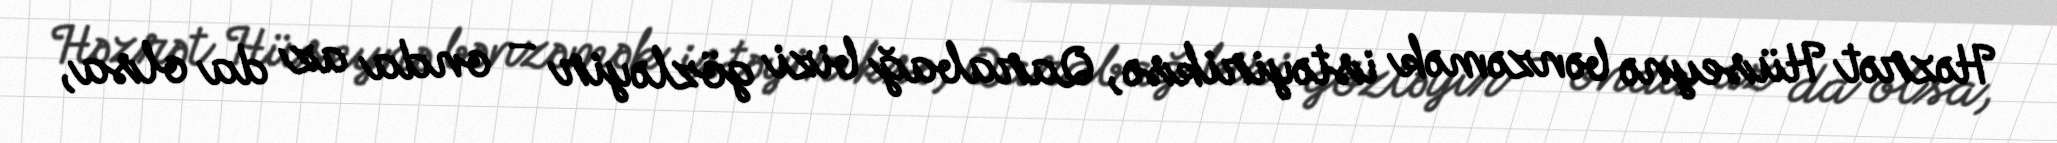
Həzrət Hüseynə bənzəmək istəyiriksə, Qarabağ bizi gözləyir – onda az da olsa,